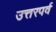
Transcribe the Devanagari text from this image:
उत्तरपर्व